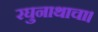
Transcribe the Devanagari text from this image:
रघुनाथाचा।